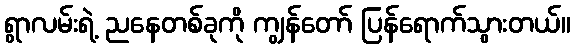
ရွာလမ်းရဲ့ ညနေတစ်ခုကို ကျွန်တော် ပြန်ရောက်သွားတယ်။